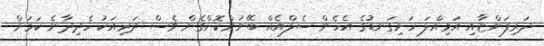
ދަރިފަންޏާއި އަމިއްލަ ހަށިގަނޑުގެ އެހެން ސެލްއެއް ބޭނުންކޮށްގެން ވެސް ދަރިއަކު ހެދިދާނެ ކަމަށް